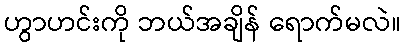
ဟွာဟင်းကို ဘယ်အချိန် ရောက်မလဲ။